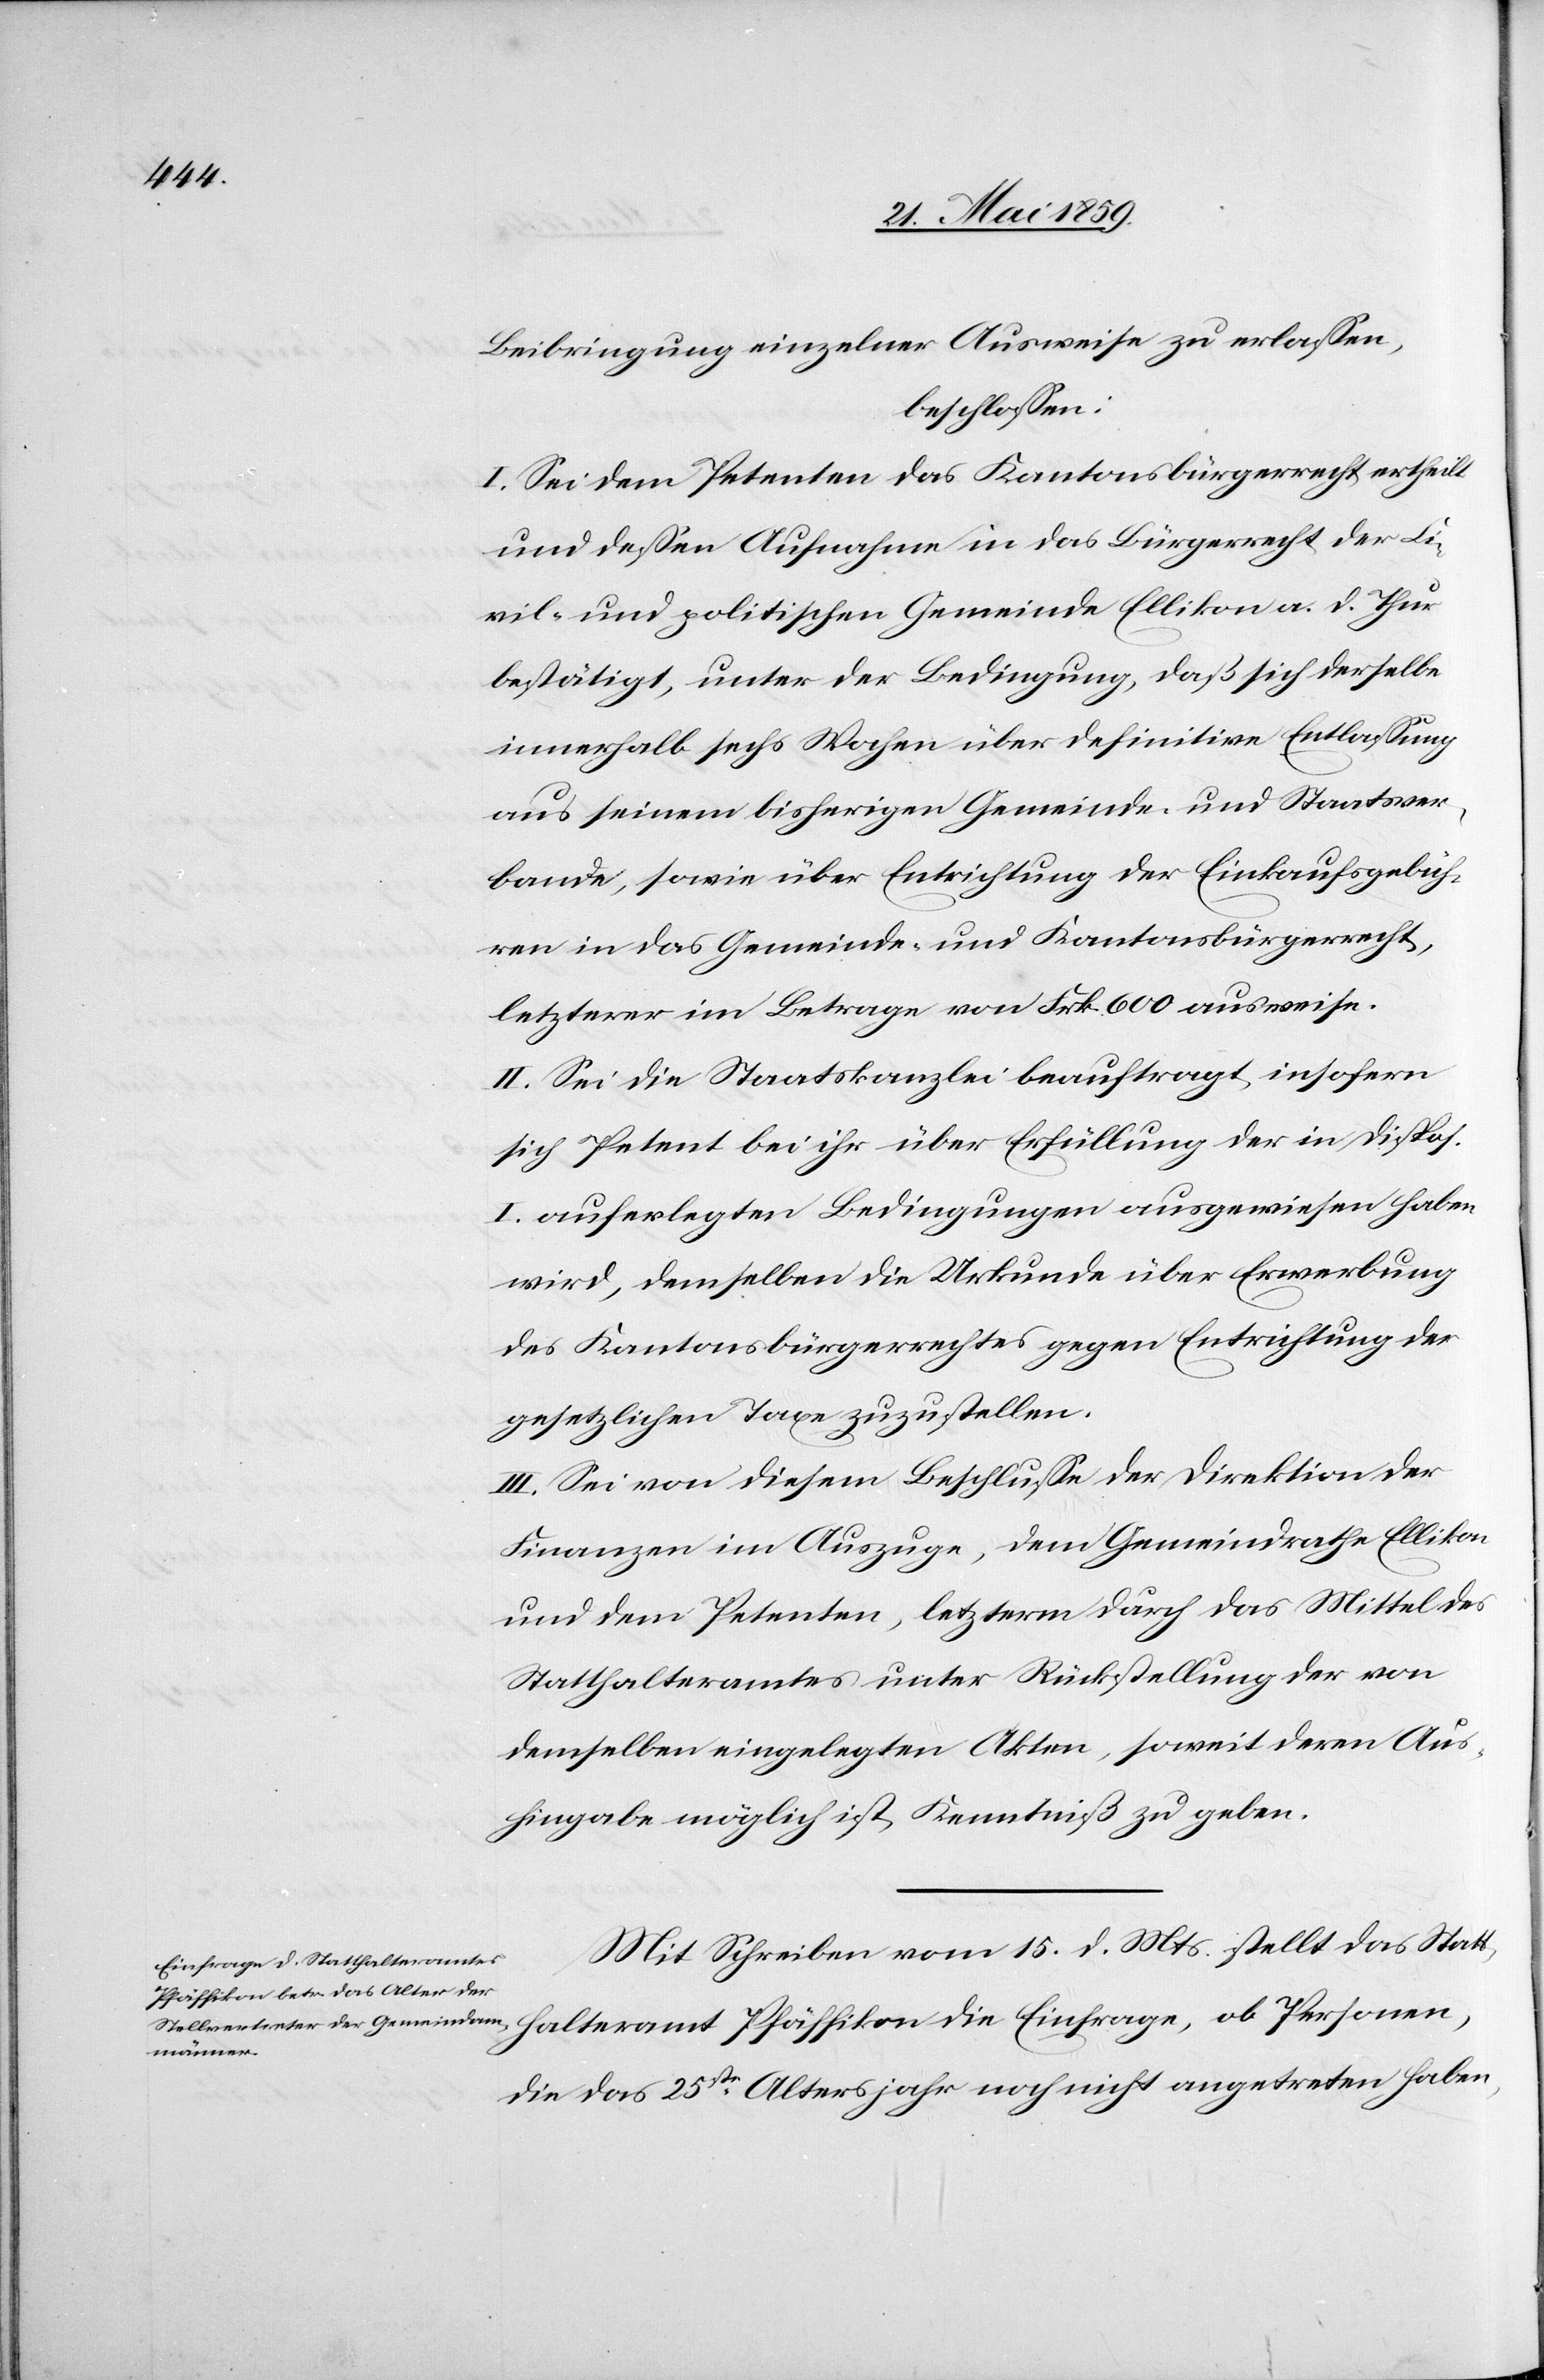
Beibringung einzelner Ausweise zu erlassen,
beschlossen:
I. Sei dem Petenten das Kantonsbürgerrecht ertheilt
und dessen Aufnahme in das Bürgerrecht der Ci¬
vil- und politischen Gemeinde Ellikon a. d. Thur
bestätigt, unter der Bedingung, daß sich derselbe
innerhalb sechs Wochen über definitive Entlassung
aus seinem bisherigen Gemeinde- und Staatsver¬
bunde, sowie über Entrichtung der Einkaufsgebüh¬
ren in das Gemeinde- und Kantonsbürgerrecht,
letzterer im Betrage von Frk. 600 ausweise.
II: Sei die Staatskanzlei beauftragt, insofern
sich Petent bei ihr über Erfüllung der in Dispos.
I. auferlegten Bedingungen ausgewiesen haben
wird, demselben die Urkunde über Erwerbung
des Kantonsbürgerrechtes gegen Entrichtung der
gesetzlichen Taxe zuzustellen.
III: Sei von diesem Beschlusse der Direktion der
Finanzen im Auszuge, dem Gemeindrathe Ellikon
und dem Petenten, letzterm durch das Mittel des
Statthalteramtes unter Rückstellung der von
demselben eingelegten Akten, soweit deren Aus¬
hingabe möglich ist, Kenntniß zu geben.
Mit Schreiben vom 15. d. Mts. stellt das Statt¬
halteramt Pfäffikon die Einfrage, ob Personen,
die das 25ste. Altersjahr noch nicht angetreten haben,